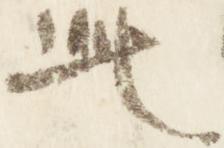
此